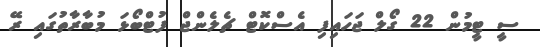
ސީ ޓީމުން 22 ގޯލް ޖަހައިފި އެސްކޮޓް ޗެލެންޖް ފުޓްބޯޅަ މުބާރާތުގައި ރޭ